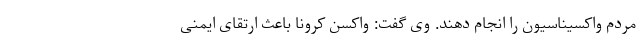
مردم واکسیناسیون را انجام دهند. وی گفت: واکسن کرونا باعث ارتقای ایمنی